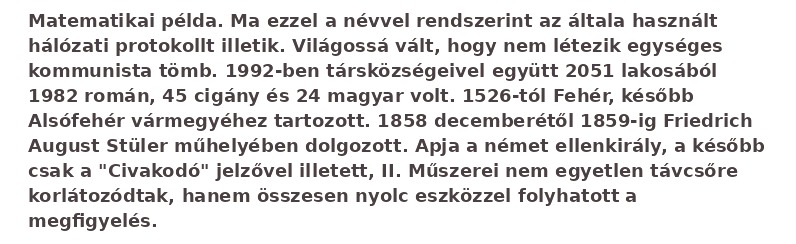
Matematikai példa. Ma ezzel a névvel rendszerint az általa használt hálózati protokollt illetik. Világossá vált, hogy nem létezik egységes kommunista tömb. 1992-ben társközségeivel együtt 2051 lakosából 1982 román, 45 cigány és 24 magyar volt. 1526-tól Fehér, később Alsófehér vármegyéhez tartozott. 1858 decemberétől 1859-ig Friedrich August Stüler műhelyében dolgozott. Apja a német ellenkirály, a később csak a "Civakodó" jelzővel illetett, II. Műszerei nem egyetlen távcsőre korlátozódtak, hanem összesen nyolc eszközzel folyhatott a megfigyelés.